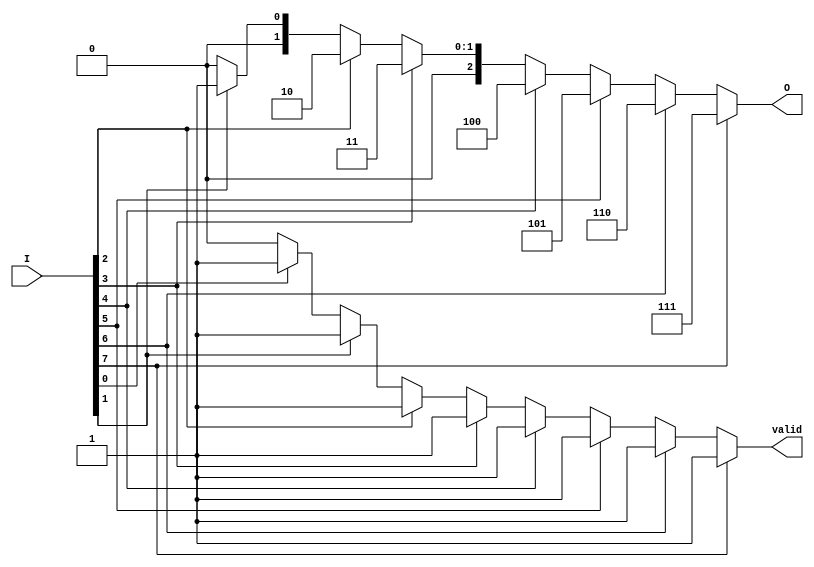
module binary_encoder (
    input [7:0] I,  // 8 input lines
    output reg [2:0] O,  // 3-bit output
    output reg valid   // Indicates if the output is valid (1 active input)
);

    always @(*) begin
        // Default output for no active inputs
        O = 3'b000;
        valid = 1'b0;

        // Check from the highest input to the lowest
        if (I[7]) begin
            O = 3'b111; // I7 is active
            valid = 1'b1;
        end else if (I[6]) begin
            O = 3'b110; // I6 is active
            valid = 1'b1;
        end else if (I[5]) begin
            O = 3'b101; // I5 is active
            valid = 1'b1;
        end else if (I[4]) begin
            O = 3'b100; // I4 is active
            valid = 1'b1;
        end else if (I[3]) begin
            O = 3'b011; // I3 is active
            valid = 1'b1;
        end else if (I[2]) begin
            O = 3'b010; // I2 is active
            valid = 1'b1;
        end else if (I[1]) begin
            O = 3'b001; // I1 is active
            valid = 1'b1;
        end else if (I[0]) begin
            O = 3'b000; // I0 is active (can be handled if desired)
            valid = 1'b1;
        end
    end

endmodule